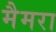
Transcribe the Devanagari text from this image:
मैमरा